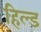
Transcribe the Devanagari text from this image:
हिल्ड